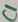
Text: C1